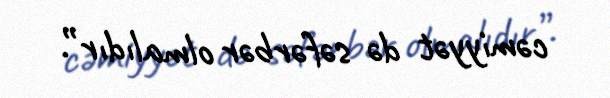
cəmiyyət də səfərbər olmalıdır”.